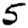
Digit: 5